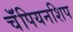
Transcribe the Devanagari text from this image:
चॅंपियनशिप